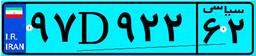
۵۷D۰۵۱۰۰